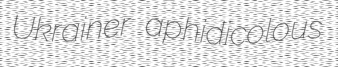
Ukrainer aphidicolous